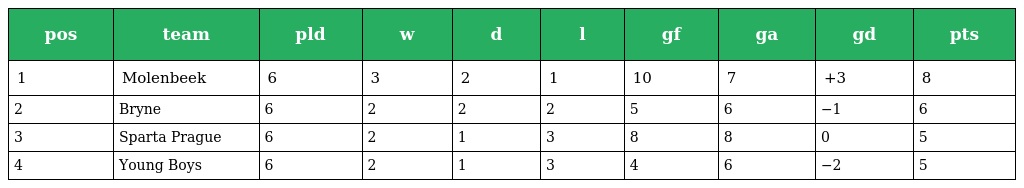
| pos | team | pld | w | d | l | gf | ga | gd | pts |
 | --- | --- | --- | --- | --- | --- | --- | --- | --- | --- |
 | 1 | Molenbeek | 6 | 3 | 2 | 1 | 10 | 7 | +3 | 8 |
 | 2 | Bryne | 6 | 2 | 2 | 2 | 5 | 6 | −1 | 6 |
 | 3 | Sparta Prague | 6 | 2 | 1 | 3 | 8 | 8 | 0 | 5 |
 | 4 | Young Boys | 6 | 2 | 1 | 3 | 4 | 6 | −2 | 5 |